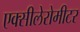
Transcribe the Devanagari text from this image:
एक्सीलेरोमीटर